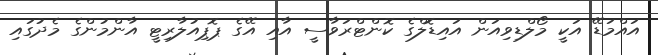
އައްމަޑޭ އަކީ މޯލްޑިވިއަން އައިޑޮލްގެ ކޮންޓްރަވާސީ އާއި އޭގެ ޕޮޕިއުލާރިޓީ އާންމުންގެ މެދުގައި